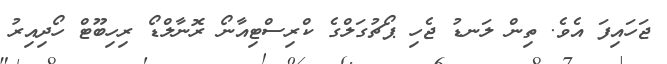
ޖަހައިފަ އެވެ. ތިން ލަނޑު ޖެހި ޕޯޗުގަލްގެ ކްރިސްޓިއާނޯ ރޮނާލްޑޯ ރިހިބޫޓް ހޯދިއިރު